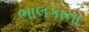
ભાલકાના